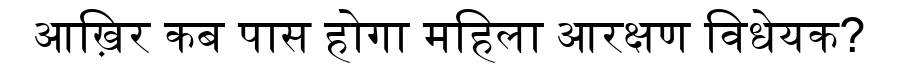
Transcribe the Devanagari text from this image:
आख़िर कब पास होगा महिला आरक्षण विधेयक?